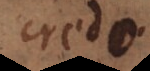
credo